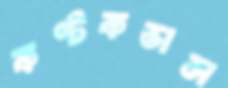
কণ্টকভাস